Report on vaccination in the Province of Bengal - 1874-1889
Year: 1874
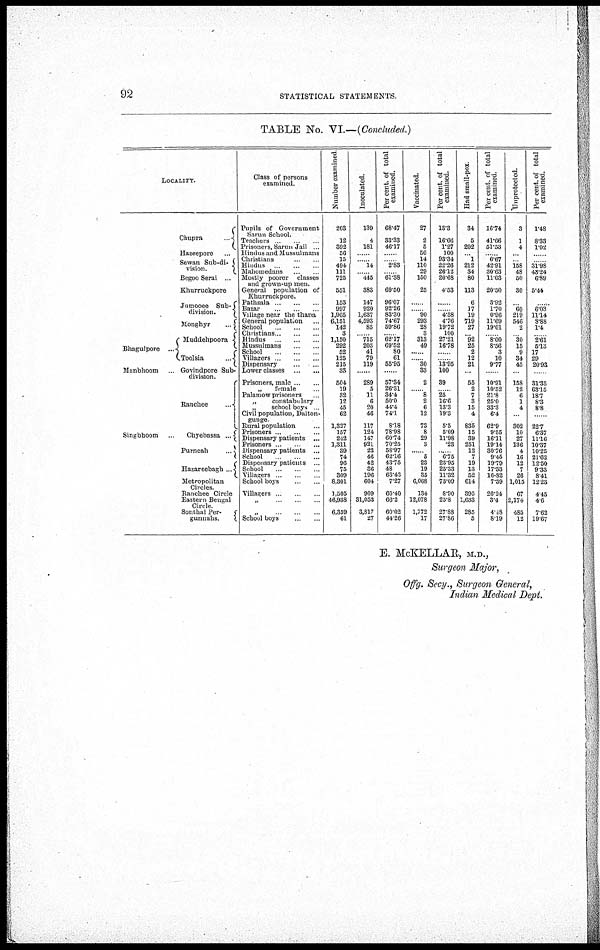
92
STATISTICAL STATEMENTS.
TABLE No. VI.—(Concluded.)
LOCALITY.
Chupra
Hazeepore ...
Sewan Sub-di¬
vision.
Begoo Serai ...
Khurruckpore ...
Jumooee Sub¬
division.
Monghyr
...
Bhagulpore ...
Manbhoom
Muddehpoora
Toolsia
Govindpore Sub-
division.
Ranchee
...
Singbhoom
..
Chyebassa ...
Purneah
Hazareebagh ...
Metropolitan
Circles
Ranchee Circle
Eastern Bengal
Circle
Sonthal Per¬
gunnahs.
Class of persons
examined.
Pupils of Government
Sarun School.
Teachers ...
Presoners, Sarun Jail ...
Hindoos and Mussulmans
Chirstian ... ...
Hindus ... ... ...
Mahomedans ... ... ...
Mostly poorer classes
and grown-up men.
General population of
Khurruckpore.
Pathsala ... ... ...
Bazar ... ... ...
Village near the thana
General population ...
School
...
...
Christians ... ... ...
Hindus
...
...
...
Mussulmans ... ... ...
School ... ... ...
Villagers ... ... ...
Dispensary ... ... ...
Lower classes ... ...
Prisoners, male ... ...
„
female
Palamow prisoners
„
constabulary
„
school boys
Civil population, Dalton¬
gunge.
Rural population
Prisoners ... ... ...
Dispensary patients ...
Prisoners ...
Dispensary patients ...
School
Dispensary patients ...
School ... ...
Villagers ... ...
School boys ...
Villagers
„
„
School boys ... ...
Number examined
203
12
392
56
15
494
111
725
551
153
997
1,965
6,151
142
3
1,150
292
52
125
215
33
504
19
32
12
45
62
1,327
157
242
1,311
39
74
96
75
309
8,301
1,505
46,038
6,359
61
Inoculated.
139
4
181
...
... 14
... 445
383
147
920
1,637
4,593
85
... 715
203
41
79
119
......
289
5
11
6
20
46
117
124
147
921
23
46
42
36
196
604
909
31,053
3,817
27
Per cent. of total
examined.
68.47
33.33
46.17
...
... 2.83
... 61.38
69.50
96.07
92.26
83.30
74.67
59.86
... 62.17
69.52
80
61
55.95
......
57.34
26.31
34.4
50.0
44.4
74.1
8.18
78.98
60.74
70.25
58.97
62.16
43.75
48
63.43
7.27
60.40
66.2
60.02
44.26
Vaccinated.
27
2
5
56
14
110
29
150
25
...
... 90
293
28
3
313
40
......
...... 30
83
2
...... 8
2
6
12
73
8
29
3
... 5
23
10
35
6,068
134
12,078
1,772
17
Per cent. of total
examined.
13.3
16.66
1.27
100
93.34
22.26
26.12
20.68
4.53
...
... 4.58
4.76
19.72
100
27.21
16.78
...
... 13.95
100
39
...... 25
16.6
13.3
19.3
5.5
5.09
11.98
23
... 6.75
23.95
25.33
11.32
73.09
8.90
25.8
27.88
27.86
Had small-pox.
34
5
202
... 1
212
34
80
113
6
17
19
719
27
... 92
25
2
12
21
...
55
2
7
3
15
4
835
15
39
251
12
7
19
13
52
614
395
1,633
285
5
Per cent. of total
examined.
16.74
41.66
51.53
... 6.67
42.91
30.63
11.03
20.50
3.92
1.70
0.96
11.69
19.01
... 8.00
8.56
3
10
9.77
...
10.91
10.52
21.8
25.0
33.3
6.4
62.9
9.55
16.11
19.14
30.76
9.45
19.79
17.33
16.82
7.39
26.24
3.4
4.48
8.19
Unprotected.
3
1
4
...
... 158
48
50
30
... 60
219
546
2
... 30
15
9
34
45
...
158
12
6
1
4
...
302
10
27
136
4
16
12
7
26
1,015
67
2,174
485
12
Per cent. of total
examined.
1.48
8.33
1.02
...
... 31.98
43.24
6.89
5.44
... 6.03
11.14
8.88
1.4
... 2.61
5.13
17
29
20.93
...
31.35
68.15
18.7
8.3
8.8
...
22.7
6.37
11.16
10.37
10.25
21.62
12.50
9.33
8.41
12.23
4.45
4.6
7.62
19.67
E. McKELLAR, M.D.,
Surgeon Major,
Offg. Secy., Surgeon General,
Indian Medical Dept.